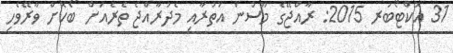
31 އޮކްޓޯބަރ 2015: ރާއްޖޭގެ މޫސުން އުތުރާއި މެދުރާއްޖެ ތެރެއަށް ބޯކޮށް ވާރޭވެހި